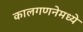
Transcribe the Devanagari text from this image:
कालगणनेमध्ये